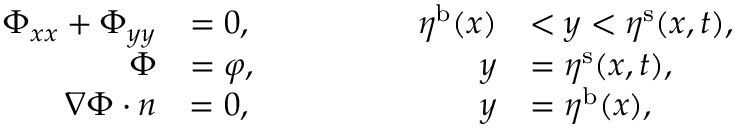
\begin{array} { r l r l } { \Phi _ { x x } + \Phi _ { y y } } & { = 0 , } & { \qquad \qquad \eta ^ { \mathrm { b } } ( x ) } & { < y < \eta ^ { \mathrm { s } } ( x , t ) , } \\ { \Phi } & { = \varphi , } & { \qquad \qquad y } & { = \eta ^ { \mathrm { s } } ( x , t ) , } \\ { \nabla \Phi \cdot \boldsymbol n } & { = 0 , } & { \qquad \qquad y } & { = \eta ^ { \mathrm { b } } ( x ) , } \end{array}